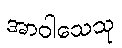
အာဝါသေသု